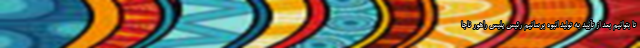
تا بتوانیم بعد از تأیید به تولید انبوه برسانیم رئیس پلیس راهور ناجا